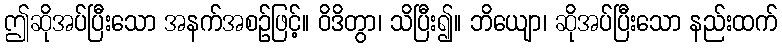
ဤဆိုအပ်ပြီးသော အနက်အစဉ်ဖြင့်။ ဝိဒိတွာ၊ သိပြီး၍။ ဘိယျော၊ ဆိုအပ်ပြီးသော နည်းထက်